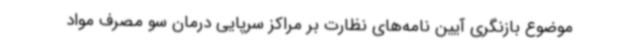
موضوع بازنگری آیین نامه‌های نظارت بر مراکز سرپایی درمان سو مصرف مواد